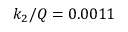
k _ { 2 } / Q = 0 . 0 0 1 1